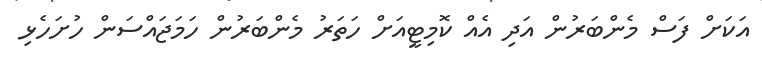
އަކަށް ފަސް މެންބަރުން އަދި އެއް ކޮމިޓީއަށް ހަތަރު މެންބަރުން ހަމަޖައްސަން ހުށަހެޅި